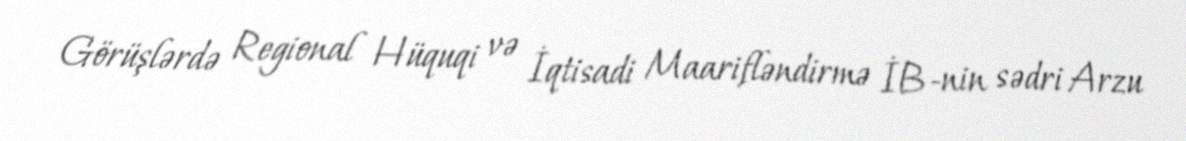
Görüşlərdə Regional Hüquqi və İqtisadi Maarifləndirmə İB-nin sədri Arzu